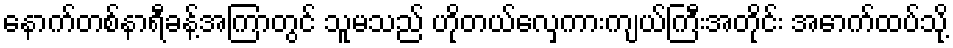
နောက်တစ်နာရီခန့်အကြာတွင် သူမသည် ဟိုတယ်လှေကားကျယ်ကြီးအတိုင်း အောက်ထပ်သို့